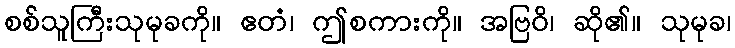
စစ်သူကြီးသုမုခကို။ ဧတံ၊ ဤစကားကို။ အဗြဝိ၊ ဆို၏။ သုမုခ၊